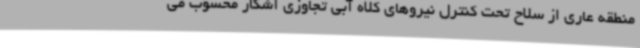
منطقه عاری از سلاح تحت کنترل نیروهای کلاه آبی تجاوزی آشکار محسوب می